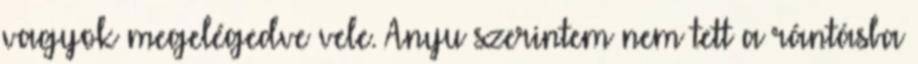
vagyok megelégedve vele. Anyu szerintem nem tett a rántásba